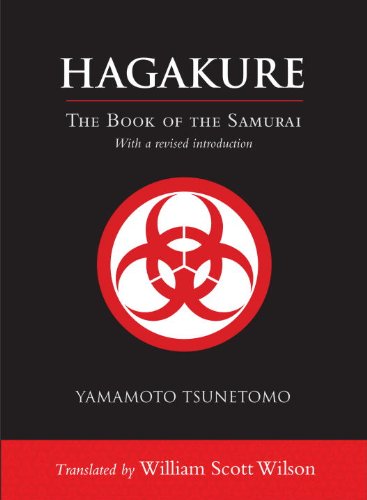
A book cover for Hagakure: The Book of the Samurai; Yamamoto Tsunetomo; Politics & Social Sciences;